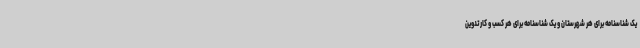
یک شناسنامه برای هر شهرستان و یک شناسنامه برای هر کسب‌ و کار تدوین‌